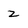
Character: z